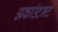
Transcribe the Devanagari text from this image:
अकाउंटनट